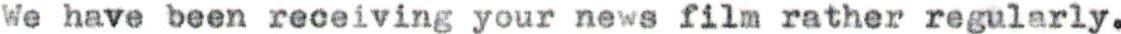
We have been receiving your news film rather regularly.